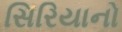
સિરિયાનો